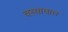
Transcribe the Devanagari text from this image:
वस्सावात